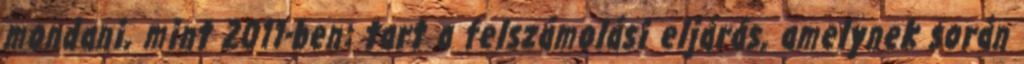
mondani, mint 2011-ben: tart a felszámolási eljárás, amelynek során